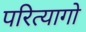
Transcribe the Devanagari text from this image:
परित्यागो